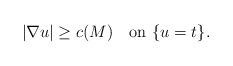
LaTeX: \begin{align*}|\nabla u|\geq c(M)\ \ \ \mbox{on}\ \{u=t\}.\end{align*}